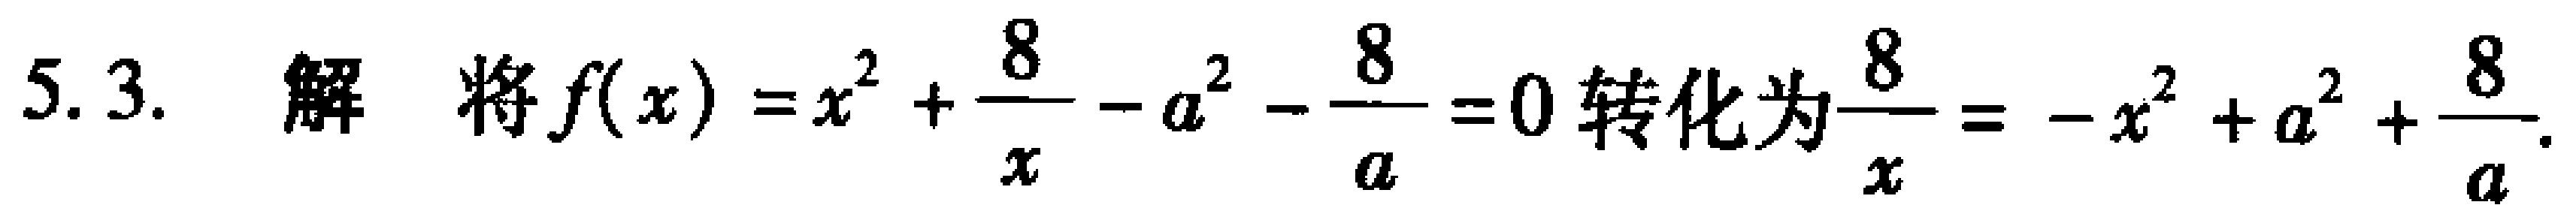
5.3. 解 将$f(x)=x^{2}+\frac{8}{x}-a^{2}-\frac{8}{a}=0$转化为$\frac{8}{x}=-x^{2}+a^{2}+\frac{8}{a}$.